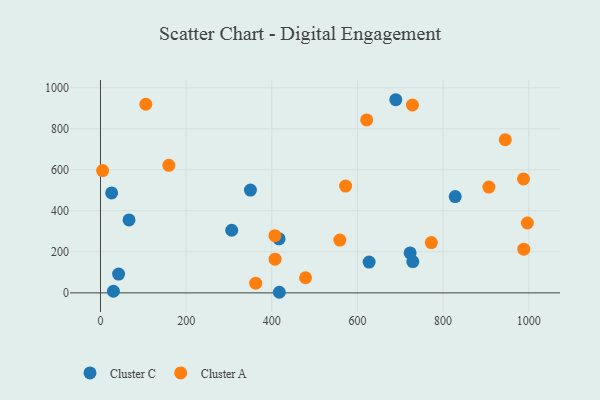
{"axis": {"x": "Distance", "y": "Fuel Efficiency"}, "legend": ["Cluster A", "Cluster C"], "data": [{"x": "828.3", "y": 469.4, "type": "Cluster C"}, {"x": "627.3", "y": 150.3, "type": "Cluster C"}, {"x": "30.2", "y": 8.0, "type": "Cluster C"}, {"x": "723.0", "y": 194.9, "type": "Cluster C"}, {"x": "350.1", "y": 501.2, "type": "Cluster C"}, {"x": "66.6", "y": 355.7, "type": "Cluster C"}, {"x": "729.3", "y": 152.8, "type": "Cluster C"}, {"x": "306.4", "y": 305.3, "type": "Cluster C"}, {"x": "26.0", "y": 487.2, "type": "Cluster C"}, {"x": "417.6", "y": 2.9, "type": "Cluster C"}, {"x": "689.5", "y": 941.6, "type": "Cluster C"}, {"x": "42.3", "y": 91.4, "type": "Cluster C"}, {"x": "417.0", "y": 263.3, "type": "Cluster C"}, {"x": "407.3", "y": 279.0, "type": "Cluster A"}, {"x": "772.5", "y": 245.4, "type": "Cluster A"}, {"x": "996.8", "y": 340.6, "type": "Cluster A"}, {"x": "105.8", "y": 919.6, "type": "Cluster A"}, {"x": "728.4", "y": 915.8, "type": "Cluster A"}, {"x": "987.7", "y": 555.4, "type": "Cluster A"}, {"x": "988.4", "y": 213.2, "type": "Cluster A"}, {"x": "362.4", "y": 47.1, "type": "Cluster A"}, {"x": "159.6", "y": 622.0, "type": "Cluster A"}, {"x": "558.9", "y": 257.5, "type": "Cluster A"}, {"x": "906.9", "y": 515.8, "type": "Cluster A"}, {"x": "478.8", "y": 73.8, "type": "Cluster A"}, {"x": "945.2", "y": 746.8, "type": "Cluster A"}, {"x": "5.0", "y": 596.3, "type": "Cluster A"}, {"x": "407.6", "y": 164.4, "type": "Cluster A"}, {"x": "572.3", "y": 520.5, "type": "Cluster A"}, {"x": "621.6", "y": 843.3, "type": "Cluster A"}]}